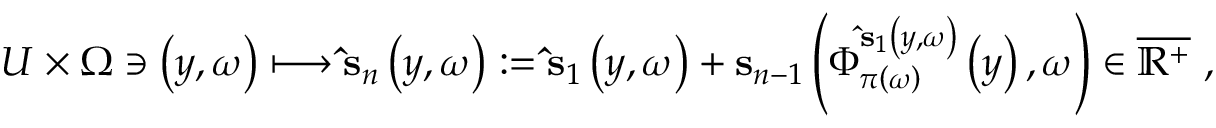
U \times \Omega \ni \left( y , \omega \right) \longmapsto \mathbf { \hat { s } } _ { n } \left( y , \omega \right) : = \mathbf { \hat { s } } _ { 1 } \left( y , \omega \right) + \mathbf { s } _ { n - 1 } \left( \Phi _ { \pi \left( \omega \right) } ^ { \mathbf { \hat { s } } _ { 1 } \left( y , \omega \right) } \left( y \right) , \omega \right) \in \overline { { \mathbb { R } ^ { + } } } \ ,